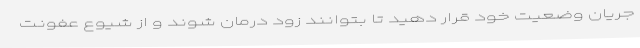
جریان وضعیت خود قرار دهید تا بتوانند زود درمان شوند و از شیوع عفونت